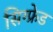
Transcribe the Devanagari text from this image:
सिग्फ्रेड